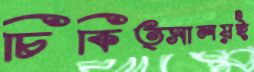
চিকিত্সালয়ই